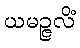
ယမဉ္ဇလိံ